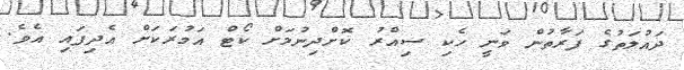
ދައުލަތުގެ ފަރާތުން ވަނީ ހެކި ސިއްރު ކޮށްދިނުމަށް ކޯޓް އަމުރަކަށް އެދިފައި އެވެ.